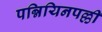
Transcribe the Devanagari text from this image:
पन्नियिनपल्ली